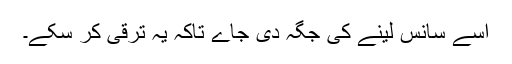
اسے سانس لینے کی جگہ دی جاے تاکہ یہ ترقی کر سکے۔